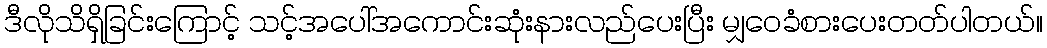
ဒီလိုသိရှိခြင်းကြောင့် သင့်အပေါ်အကောင်းဆုံးနားလည်ပေးပြီး မျှဝေခံစားပေးတတ်ပါတယ်။